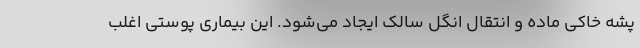
پشه خاکی ماده و انتقال انگل سالک ایجاد می‌شود. این بیماری پوستی اغلب